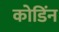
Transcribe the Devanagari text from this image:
कोडिंन